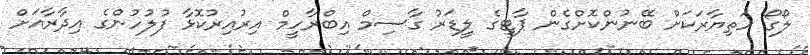
ލޯގޯ ހަތިޔާރަކަށް ބޭނުންކޮށްގެން ޕާޓީގެ ލީޑަރު ގާސިމް އިބްރާހީމް އިރުއިރުކޮޅާ ފުލުހުންގެ އިދާރާއަށް